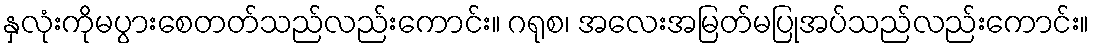
နှလုံးကိုမပွားစေတတ်သည်လည်းကောင်း။ ဂရုစ၊ အလေးအမြတ်မပြုအပ်သည်လည်းကောင်း။